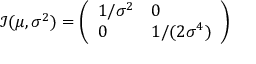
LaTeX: { \mathcal { I } } ( \mu , \sigma ^ { 2 } ) = { \left( \begin{array} { l l } { 1 / \sigma ^ { 2 } } & { 0 } \\ { 0 } & { 1 / ( 2 \sigma ^ { 4 } ) } \end{array} \right) }